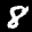
Label: 8